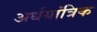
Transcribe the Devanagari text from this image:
अर्धयांत्रिक